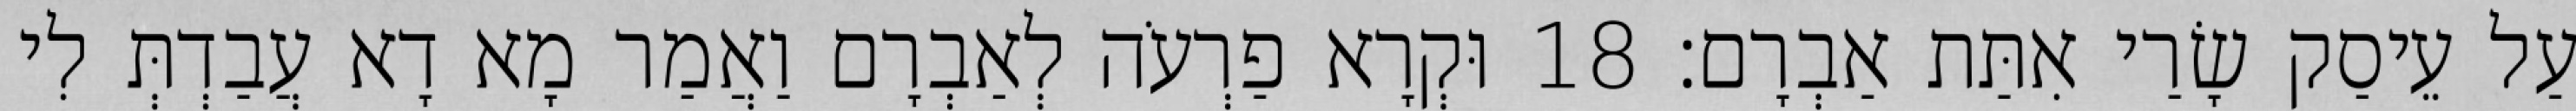
עַל עֵיסַק שָׂרַי אִתַּת אַבְרָם׃ 18 וּקְרָא פַרְעֹה לְאַבְרָם וַאֲמַר מָא דָא עֲבַדְתְּ לִי